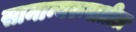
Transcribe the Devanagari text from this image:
सामान्यरूपातील